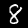
Digit: 8